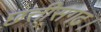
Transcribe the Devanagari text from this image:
छत्तीसगढ़।